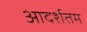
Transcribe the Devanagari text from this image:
आदर्शतम